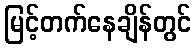
မြင့်တက်နေချိန်တွင်